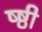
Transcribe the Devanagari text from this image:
ष्ष्ठी